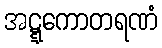
အဋ္ဋကောတရဏံ